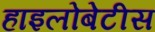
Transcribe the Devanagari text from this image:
हाइलोबेटीस